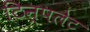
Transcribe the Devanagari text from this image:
टिन्पलेट